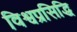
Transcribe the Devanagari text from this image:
विश्वप्रसिद्धि